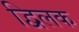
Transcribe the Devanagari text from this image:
द्विलक